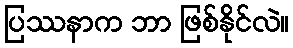
ပြဿနာက ဘာ ဖြစ်နိုင်လဲ။